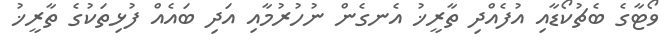
ވޯޓާގެ ބެޗުކޯޑާއި އުފެއްދި ތާރީޚު އެނގެން ނުހުރުމާއި އަދި ބައެއް ފުޅިތަކުގެ ތާރީޚު